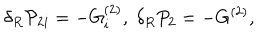
LaTeX: \delta _ { R } { \cal P } _ { 2 i } = - G _ { i } ^ { ( 2 ) } , \; \delta _ { R } P _ { 2 } = - G ^ { ( 2 ) } ,